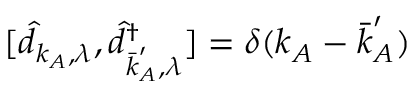
[ \hat { d } _ { \boldsymbol { k } _ { A } , \lambda } , \hat { d } _ { \bar { \boldsymbol { k } } _ { A } ^ { \prime } , \lambda } ^ { \dagger } ] = \delta ( \boldsymbol { k } _ { A } - \bar { \boldsymbol { k } } _ { A } ^ { \prime } )